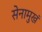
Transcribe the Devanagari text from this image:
सेनामुखं